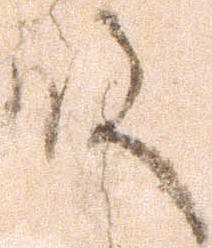
殿